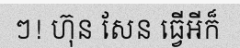
ៗ! ហ៊ុន សែន ធ្វើអីក៏